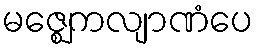
မဇ္ဈေကလျာဏံပေ